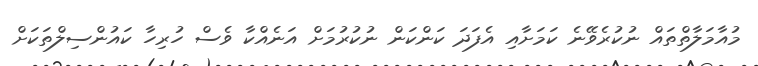
މުއާމަލާތްތައް ނުކުރެވޭނެ ކަމަށާއި އެފަދަ ކަންކަން ނުކުރުމަށް އަނެއްކާ ވެސް ހުރިހާ ކައުންސިލްތަކަށް